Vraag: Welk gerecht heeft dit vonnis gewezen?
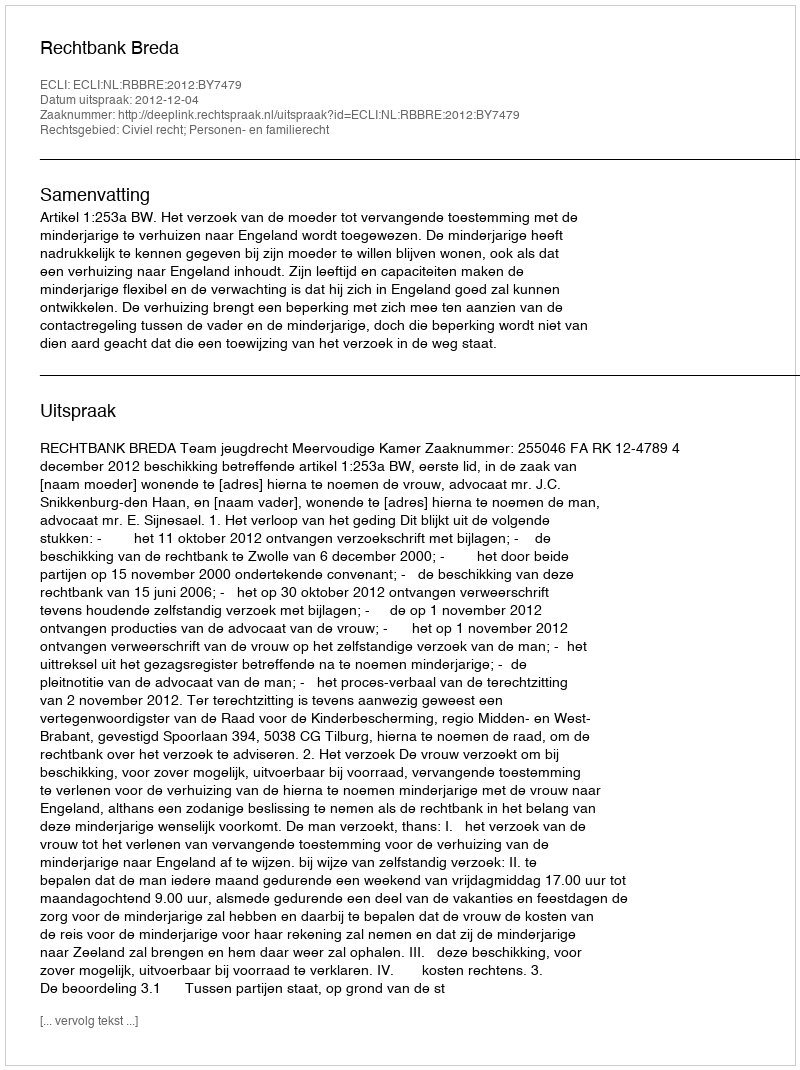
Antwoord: Rechtbank Breda